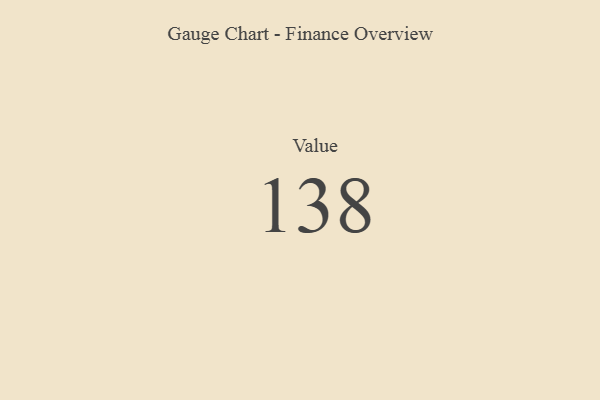
{"axis": {"x": "Metric", "y": "Value"}, "legend": [""], "data": [{"x": "Value", "y": 138, "type": ""}]}